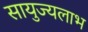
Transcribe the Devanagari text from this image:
सायुज्यलाभ